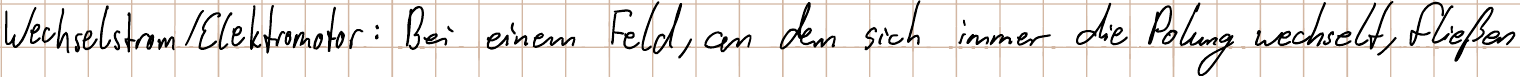
Wechselstrom / Elektromotor: Bei einem Feld, an dem sich immer die Polung wechselt, fließen